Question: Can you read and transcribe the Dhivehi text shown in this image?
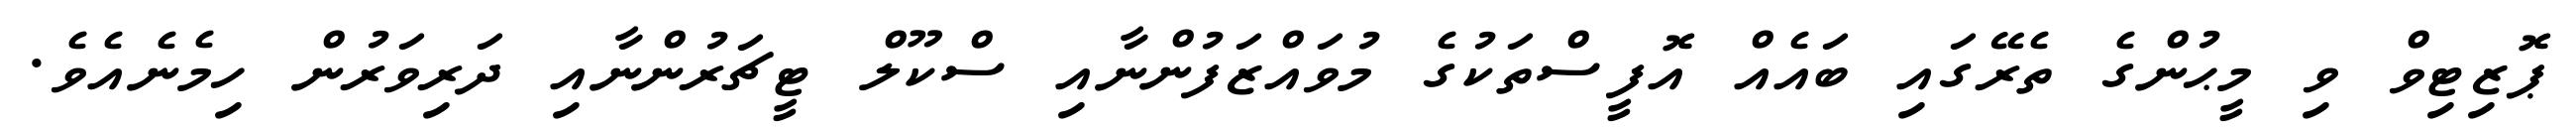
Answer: ޕޮޒިޓިވް ވި މީޙުންގެ ތެރޭގައި ބައެއް އޮފީސްތަކުގެ މުވައްޒަފުންނާއި ސްކޫލް ޓީޗަރުންނާއި ދަރިވަރުން ހިމެނެއެވެ.